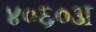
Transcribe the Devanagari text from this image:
४०६०अ